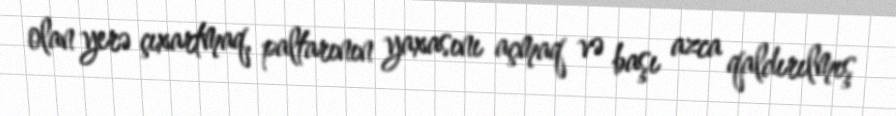
olan yerə çıxartmaq, paltarının yaxasını açmaq və başı azca qaldırılmış